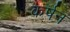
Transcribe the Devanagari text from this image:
कर्षन